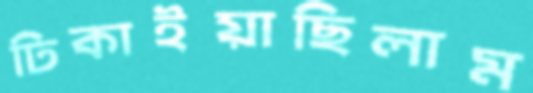
ঢিকাইয়াছিলাম